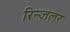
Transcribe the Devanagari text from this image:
रिन्ज़लर